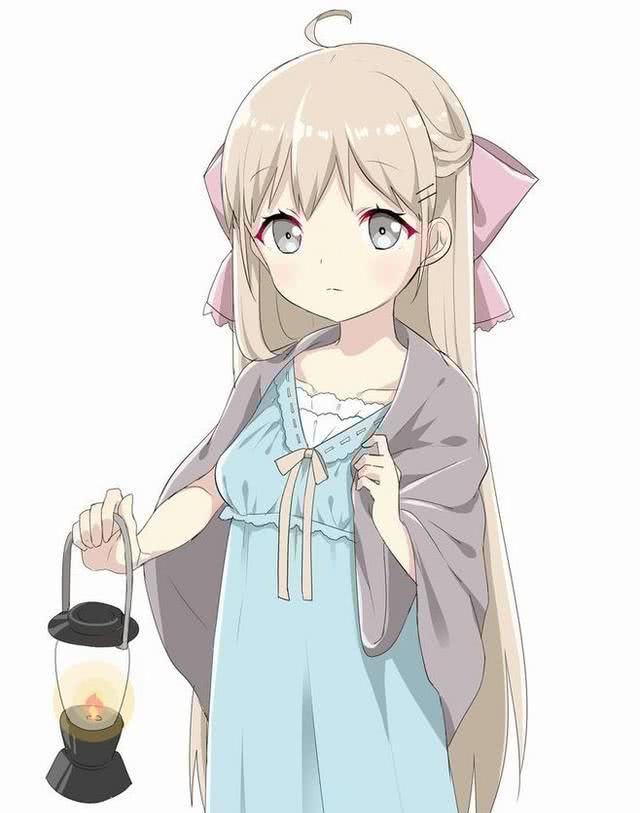
念佳人音尘别后，对此应解相思。